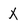
Character: X